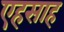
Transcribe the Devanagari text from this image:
एहसाह